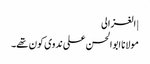
| الغزالی
مولانا ابوالحسن علی ندوی کون تھے۔